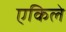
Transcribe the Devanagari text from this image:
एकिले